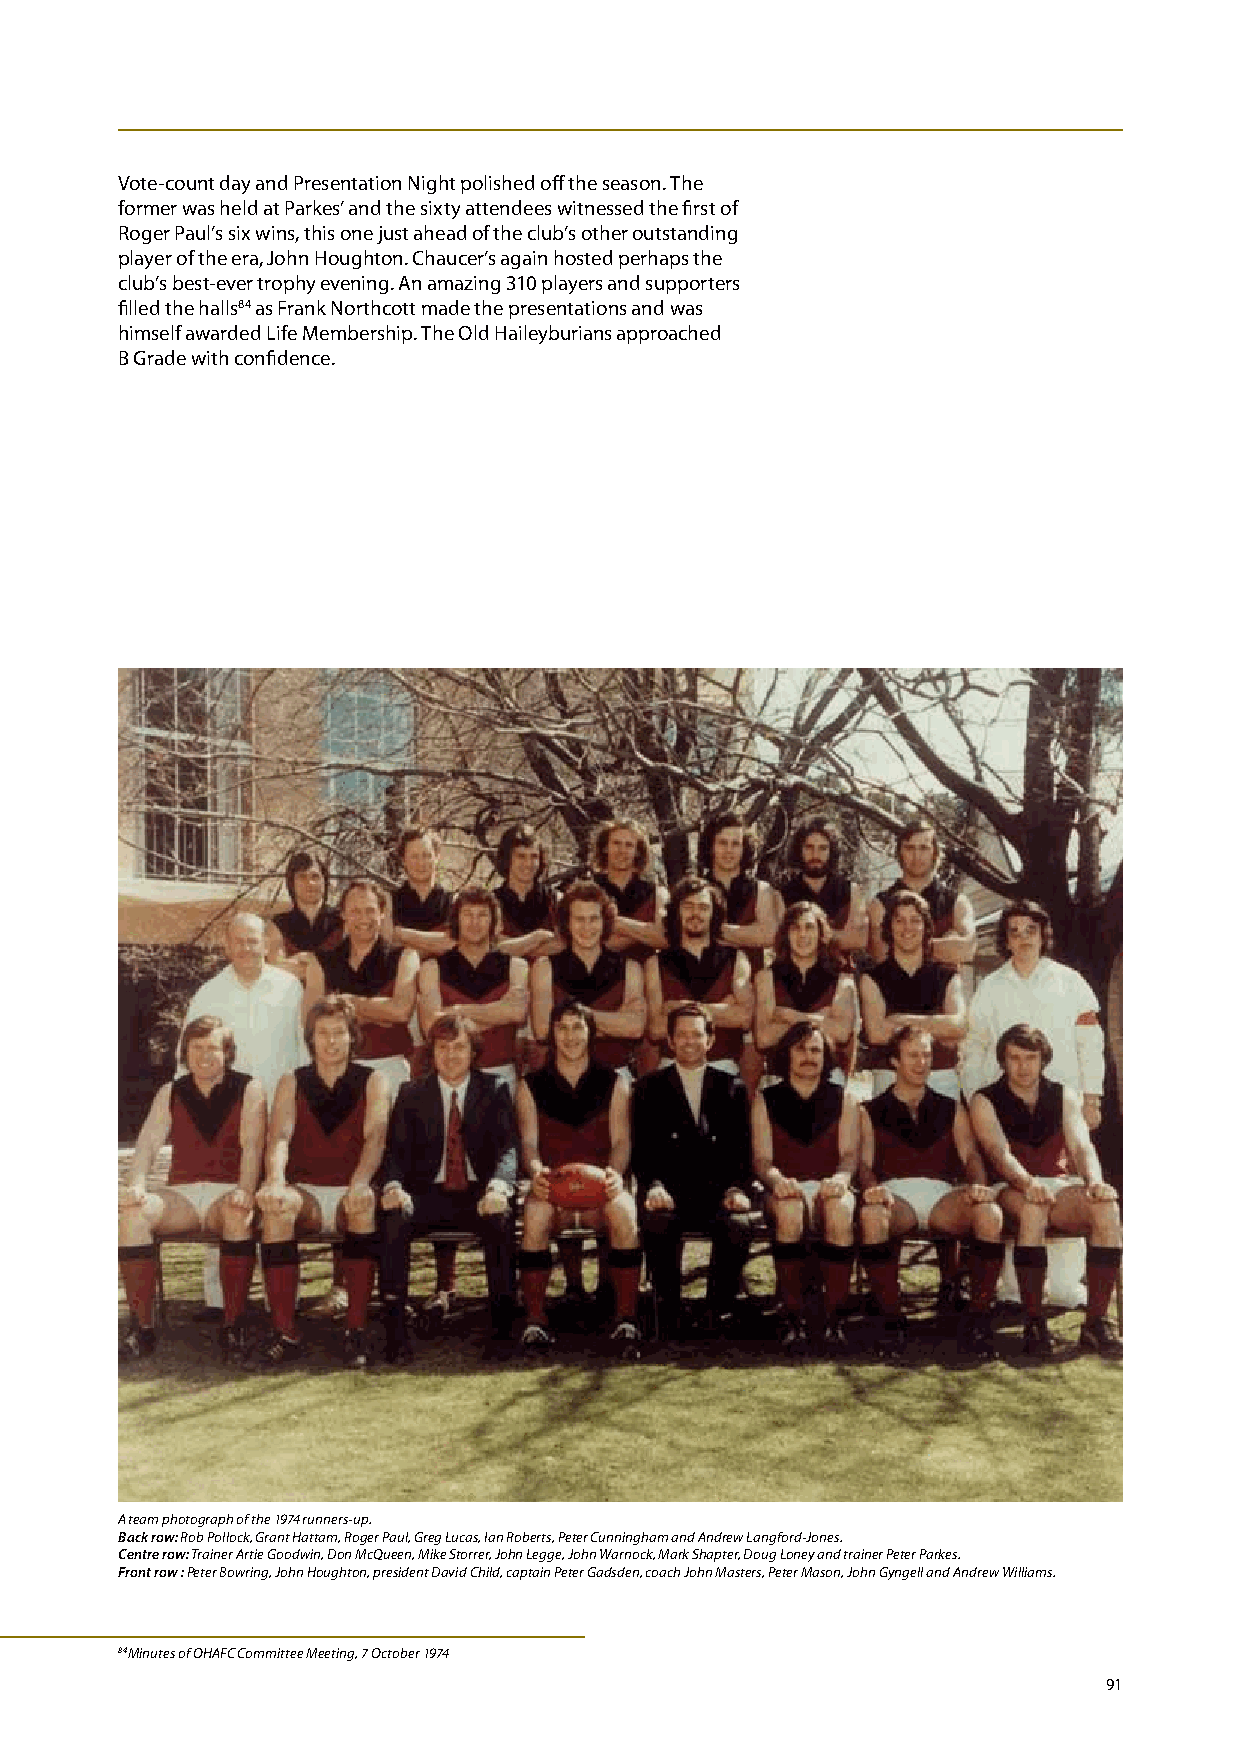
Vote-count day and Presentation Night polished off the season. The
 former was held at Parkes’ and the sixty attendees witnessed the first of
 Roger Paul’s six wins, this one just ahead of the club’s other outstanding
 player of the era, John Houghton. Chaucer’s again hosted perhaps the
 club’s best-ever trophy evening. An amazing 310 players and supporters
 filled the halls84 as Frank Northcott made the presentations and was
 himself awarded Life Membership. The Old Haileyburians approached
 B Grade with confidence.
 A team photograph of the 1974 runners-up.
 Back row: Rob Pollock, Grant Hattam, Roger Paul, Greg Lucas, Ian Roberts, Peter Cunningham and Andrew Langford-Jones.
 Centre row: Trainer Artie Goodwin, Don McQueen, Mike Storrer, John Legge, John Warnock, Mark Shapter, Doug Loney and trainer Peter Parkes.
 Front row : Peter Bowring, John Houghton, president David Child, captain Peter Gadsden, coach John Masters, Peter Mason, John Gyngell and Andrew Williams.
 84 Minutes of OHAFC Committee Meeting, 7 October 1974
 91